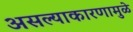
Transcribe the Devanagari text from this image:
असल्याकारणामुळे